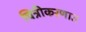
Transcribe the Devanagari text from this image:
चित्रीकरणात